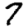
Digit: 7